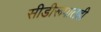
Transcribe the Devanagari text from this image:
सीडीरूपातही